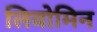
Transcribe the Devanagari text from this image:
लिवोमिन